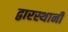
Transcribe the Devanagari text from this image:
द्वारस्थानी